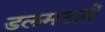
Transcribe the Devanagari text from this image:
डलमऊमें